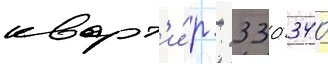
кварт'и́р - 330 340